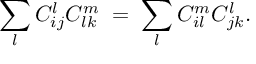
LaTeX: \sum _ { l } C _ { i j } ^ { l } C _ { l k } ^ { m } \; = \; \sum _ { l } C _ { i l } ^ { m } C _ { j k } ^ { l } .